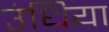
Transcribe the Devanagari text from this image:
उंधिया